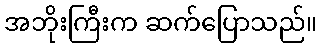
အဘိုးကြီးက ဆက်ပြောသည်။